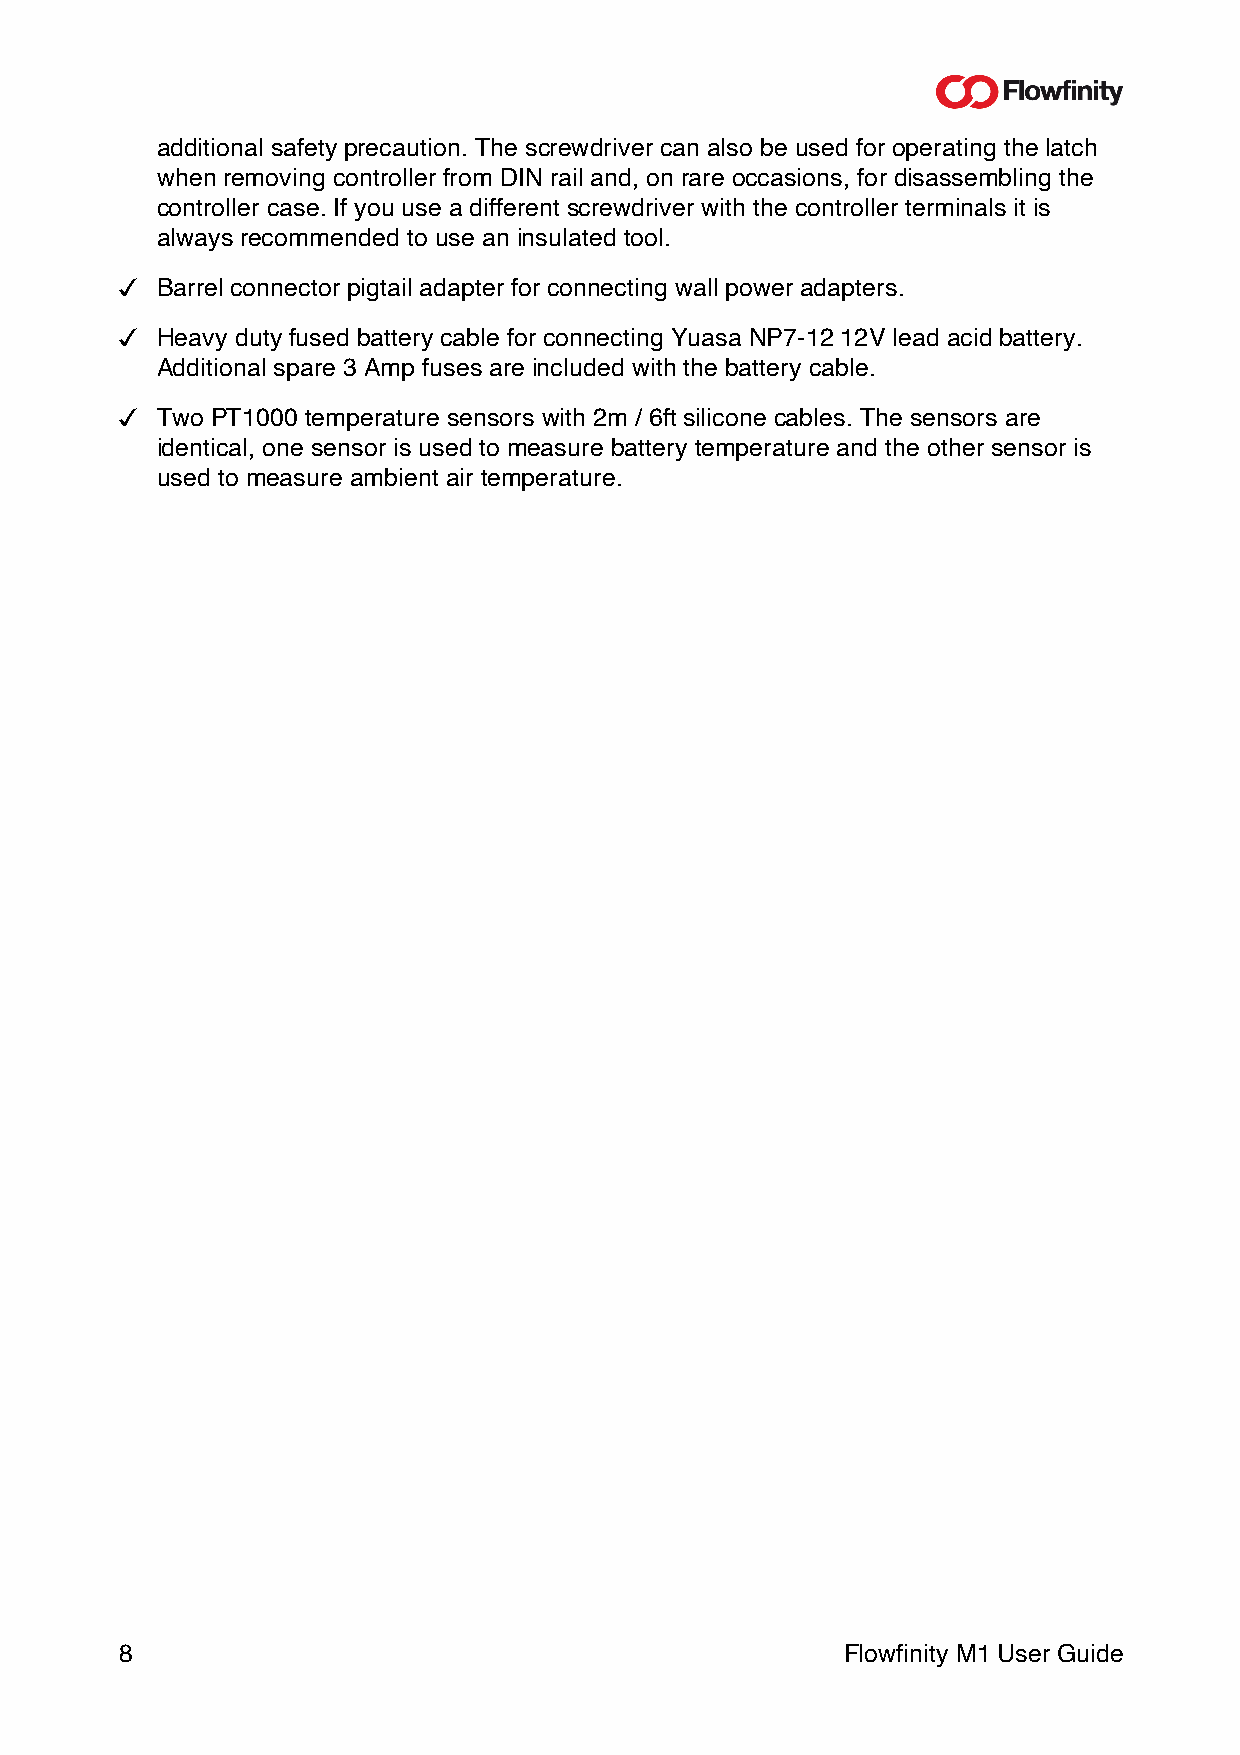
additional safety precaution. The screwdriver can also be used for operating the latch
 when removing controller from DIN rail and, on rare occasions, for disassembling the
 controller case. If you use a different screwdriver with the controller terminals it is
 always recommended to use an insulated tool.
 " Barrel connector pigtail adapter for connecting wall power adapters.
 " Heavy duty fused battery cable for connecting Yuasa NP7-12 12V lead acid battery.
 Additional spare 3 Amp fuses are included with the battery cable.
 " Two PT1000 temperature sensors with 2m / 6ft silicone cables. The sensors are
 identical, one sensor is used to measure battery temperature and the other sensor is
 used to measure ambient air temperature.
 8                                               Flowfinity M1 User Guide